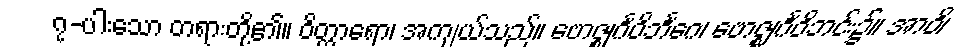
၇-ပါးသော တရားတို့၏။ ဝိတ္ထာရော၊ အကျယ်သည်။ ဗောဇ္ဈင်္ဂဝိဘင်္ဂေ၊ ဗောဇ္ဈင်္ဂဝိဘင်း၌။ အာဝိ၊